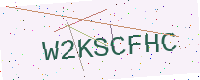
Text: W2KSCFHC